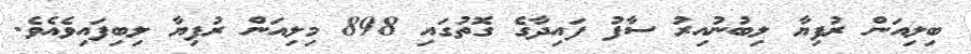
ބިލިއަން ރުފިޔާ ލިބުނުއިރު ސާފު ފައިދާގެ ގޮތުގައި 898 މިލިއަން ރުފިޔާ ލިބިފައިވެއެވެ.